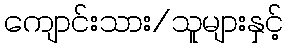
ကျောင်းသား/သူများနှင့်